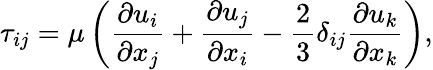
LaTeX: \tau_{ij}=\mu\left(\frac{\partial u_{i}}{\partial x_{j}}+\frac{\partial u_{j}}{\partial x_{i}}-\frac{2}{3}\delta_{ij}\frac{\partial u_{k}}{\partial x_{k}}\right),